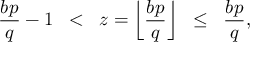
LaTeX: { \frac { b p } { q } } - 1 \; \; < \; \; z = \left\lfloor { \frac { b p } { q } } \right\rfloor \; \; \leq \; \; { \frac { b p } { q } } ,